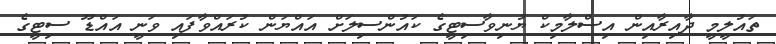
ތައުލީމީ ދާއިރާއިން އިސްލާމިކް ޔުނިވާސިޓީގެ ކައުންސިލަށް އައްޔަން ކުރައްވާފައި ވަނީ އައްޑޫ ސިޓީގެ